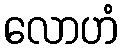
လောဟံ